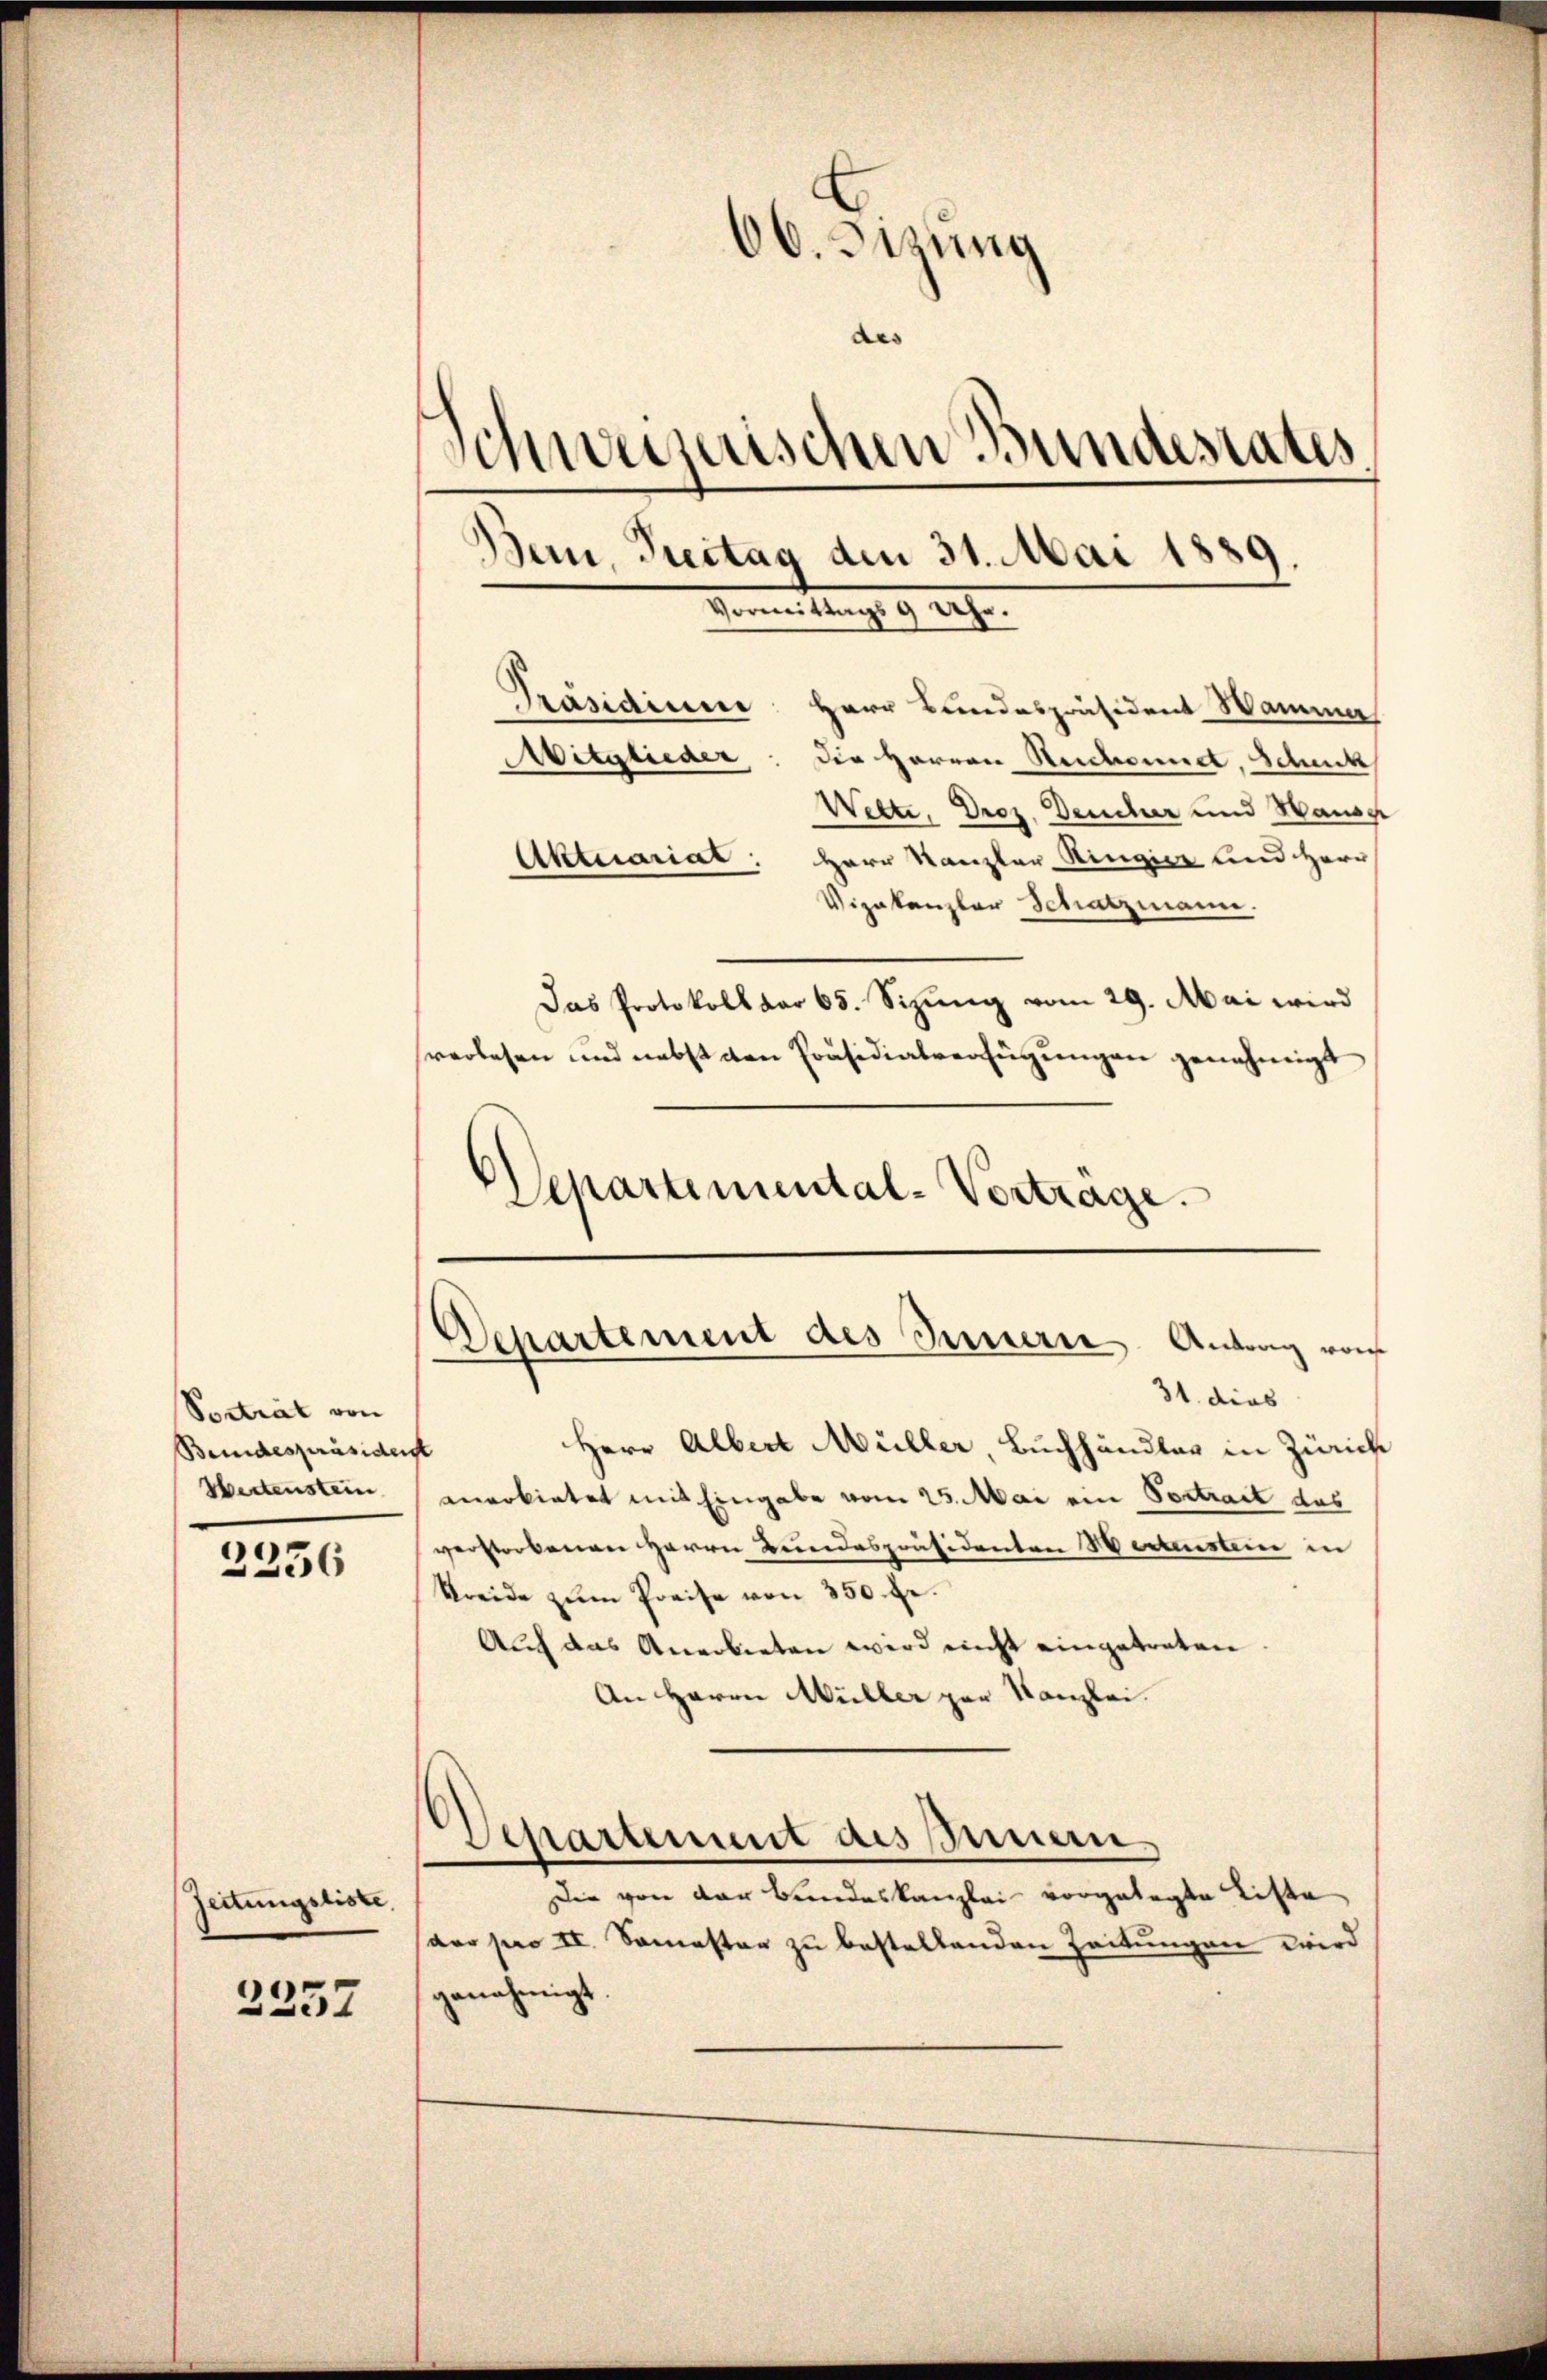
Sostrat von
Beidespräsident
Wertenstein

2356

Zeitungsliste.

2357

66. Disung
des
schweizerischen Bundesrates
Bern, Preitag den 31. Mai 1889
Vereitung ge

Präsidium Herr Bundespräsident Wamma
Mitglieder: Die Herren Reichsund, Schnitt
Wette, Droz. Deucher und Wansche
Aktuariat: Herr Kanzler Ringier und Herr
Vizakanzlar Schatzmann.
Das Protokoll dar 65. Sizŭng vom 29. Mai wird
verlesen und nebst den Präsidialverfügungen genehmigt
Departimental-Vortrage.

31. dies
Herrn Albert Müller Buchhändler in Zürich
anerbietet mit Eingabe vom 25. Mai ein Vortrait des
verstorbenen Herrn Bundespräsidenten Wertenstein in
Streide zŭm Preise von 350 fr.
Auch das Anerbieten wird nicht eingetreten
An Herrn Müller par Kanzlei.
Departement des Innern
Die von der Bundeskanzlei vorgelegte Liste
der pro II. Semester zu bestellenden Zeitungen wird
genehmigt.

Departement des Innern Antrag von